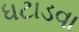
ધટાડવા